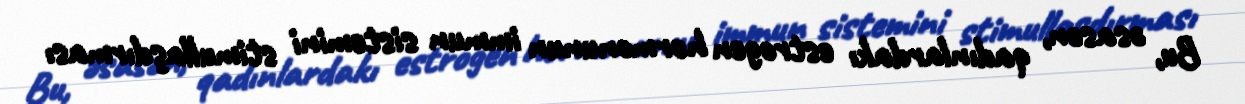
Bu, əsasən, qadınlardakı estrogen hormonunun immun sistemini stimullaşdırması